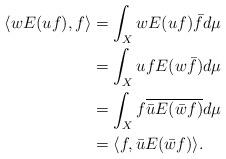
LaTeX: \begin{align*}\langle wE(uf), f\rangle&=\int_{X}wE(uf)\bar{f}d\mu\\&=\int_{X}ufE(w\bar{f})d\mu\\&=\int_{X}f\overline{\bar{u}E(\bar{w}f)}d\mu\\&=\langle f, \bar{u}E(\bar{w}f)\rangle.\\\end{align*}